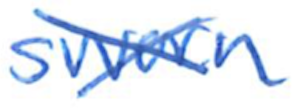
Text: sworn
Cross-out: cross
Writing tool: ballpoint